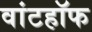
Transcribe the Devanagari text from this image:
वांटहॉफ